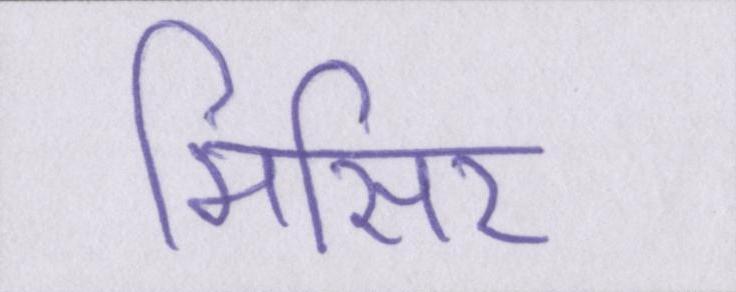
मिसिर